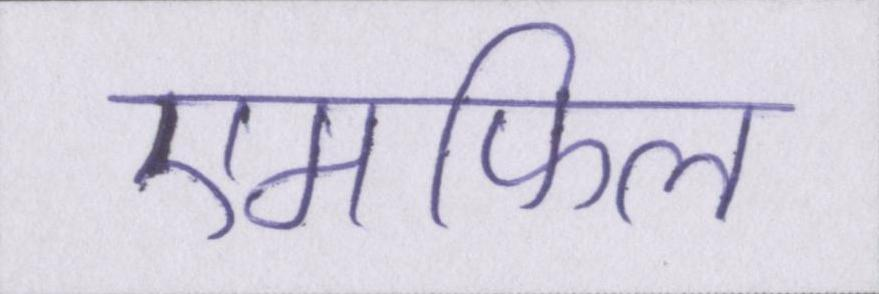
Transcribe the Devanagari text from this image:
एमफिल